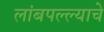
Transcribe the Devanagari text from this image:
लांबपल्ल्याचे